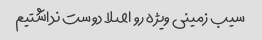
سیب زمینی ویژه رو اصلا دوست نداشتیم